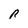
Character: R